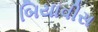
બિયાવીસ